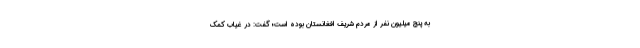
به پنج میلیون نفر از مردم شریف افغانستان بوده است؛ گفت: در غیاب کمک